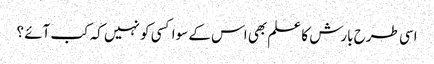
اسی طرح بارش کا علم بھی اس کے سوا کسی کو نہیں کہ کب آئے ؟